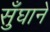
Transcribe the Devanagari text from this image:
सुँघाने